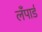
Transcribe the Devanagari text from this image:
लँपार्ड